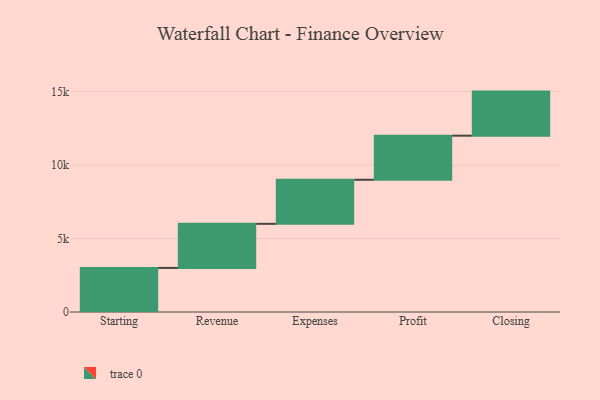
{"axis": {"x": "Step", "y": "Value"}, "legend": [""], "data": [{"x": "Starting", "y": 3000, "type": ""}, {"x": "Revenue", "y": 3000, "type": ""}, {"x": "Expenses", "y": 3000, "type": ""}, {"x": "Profit", "y": 3000, "type": ""}, {"x": "Closing", "y": 3000, "type": ""}]}